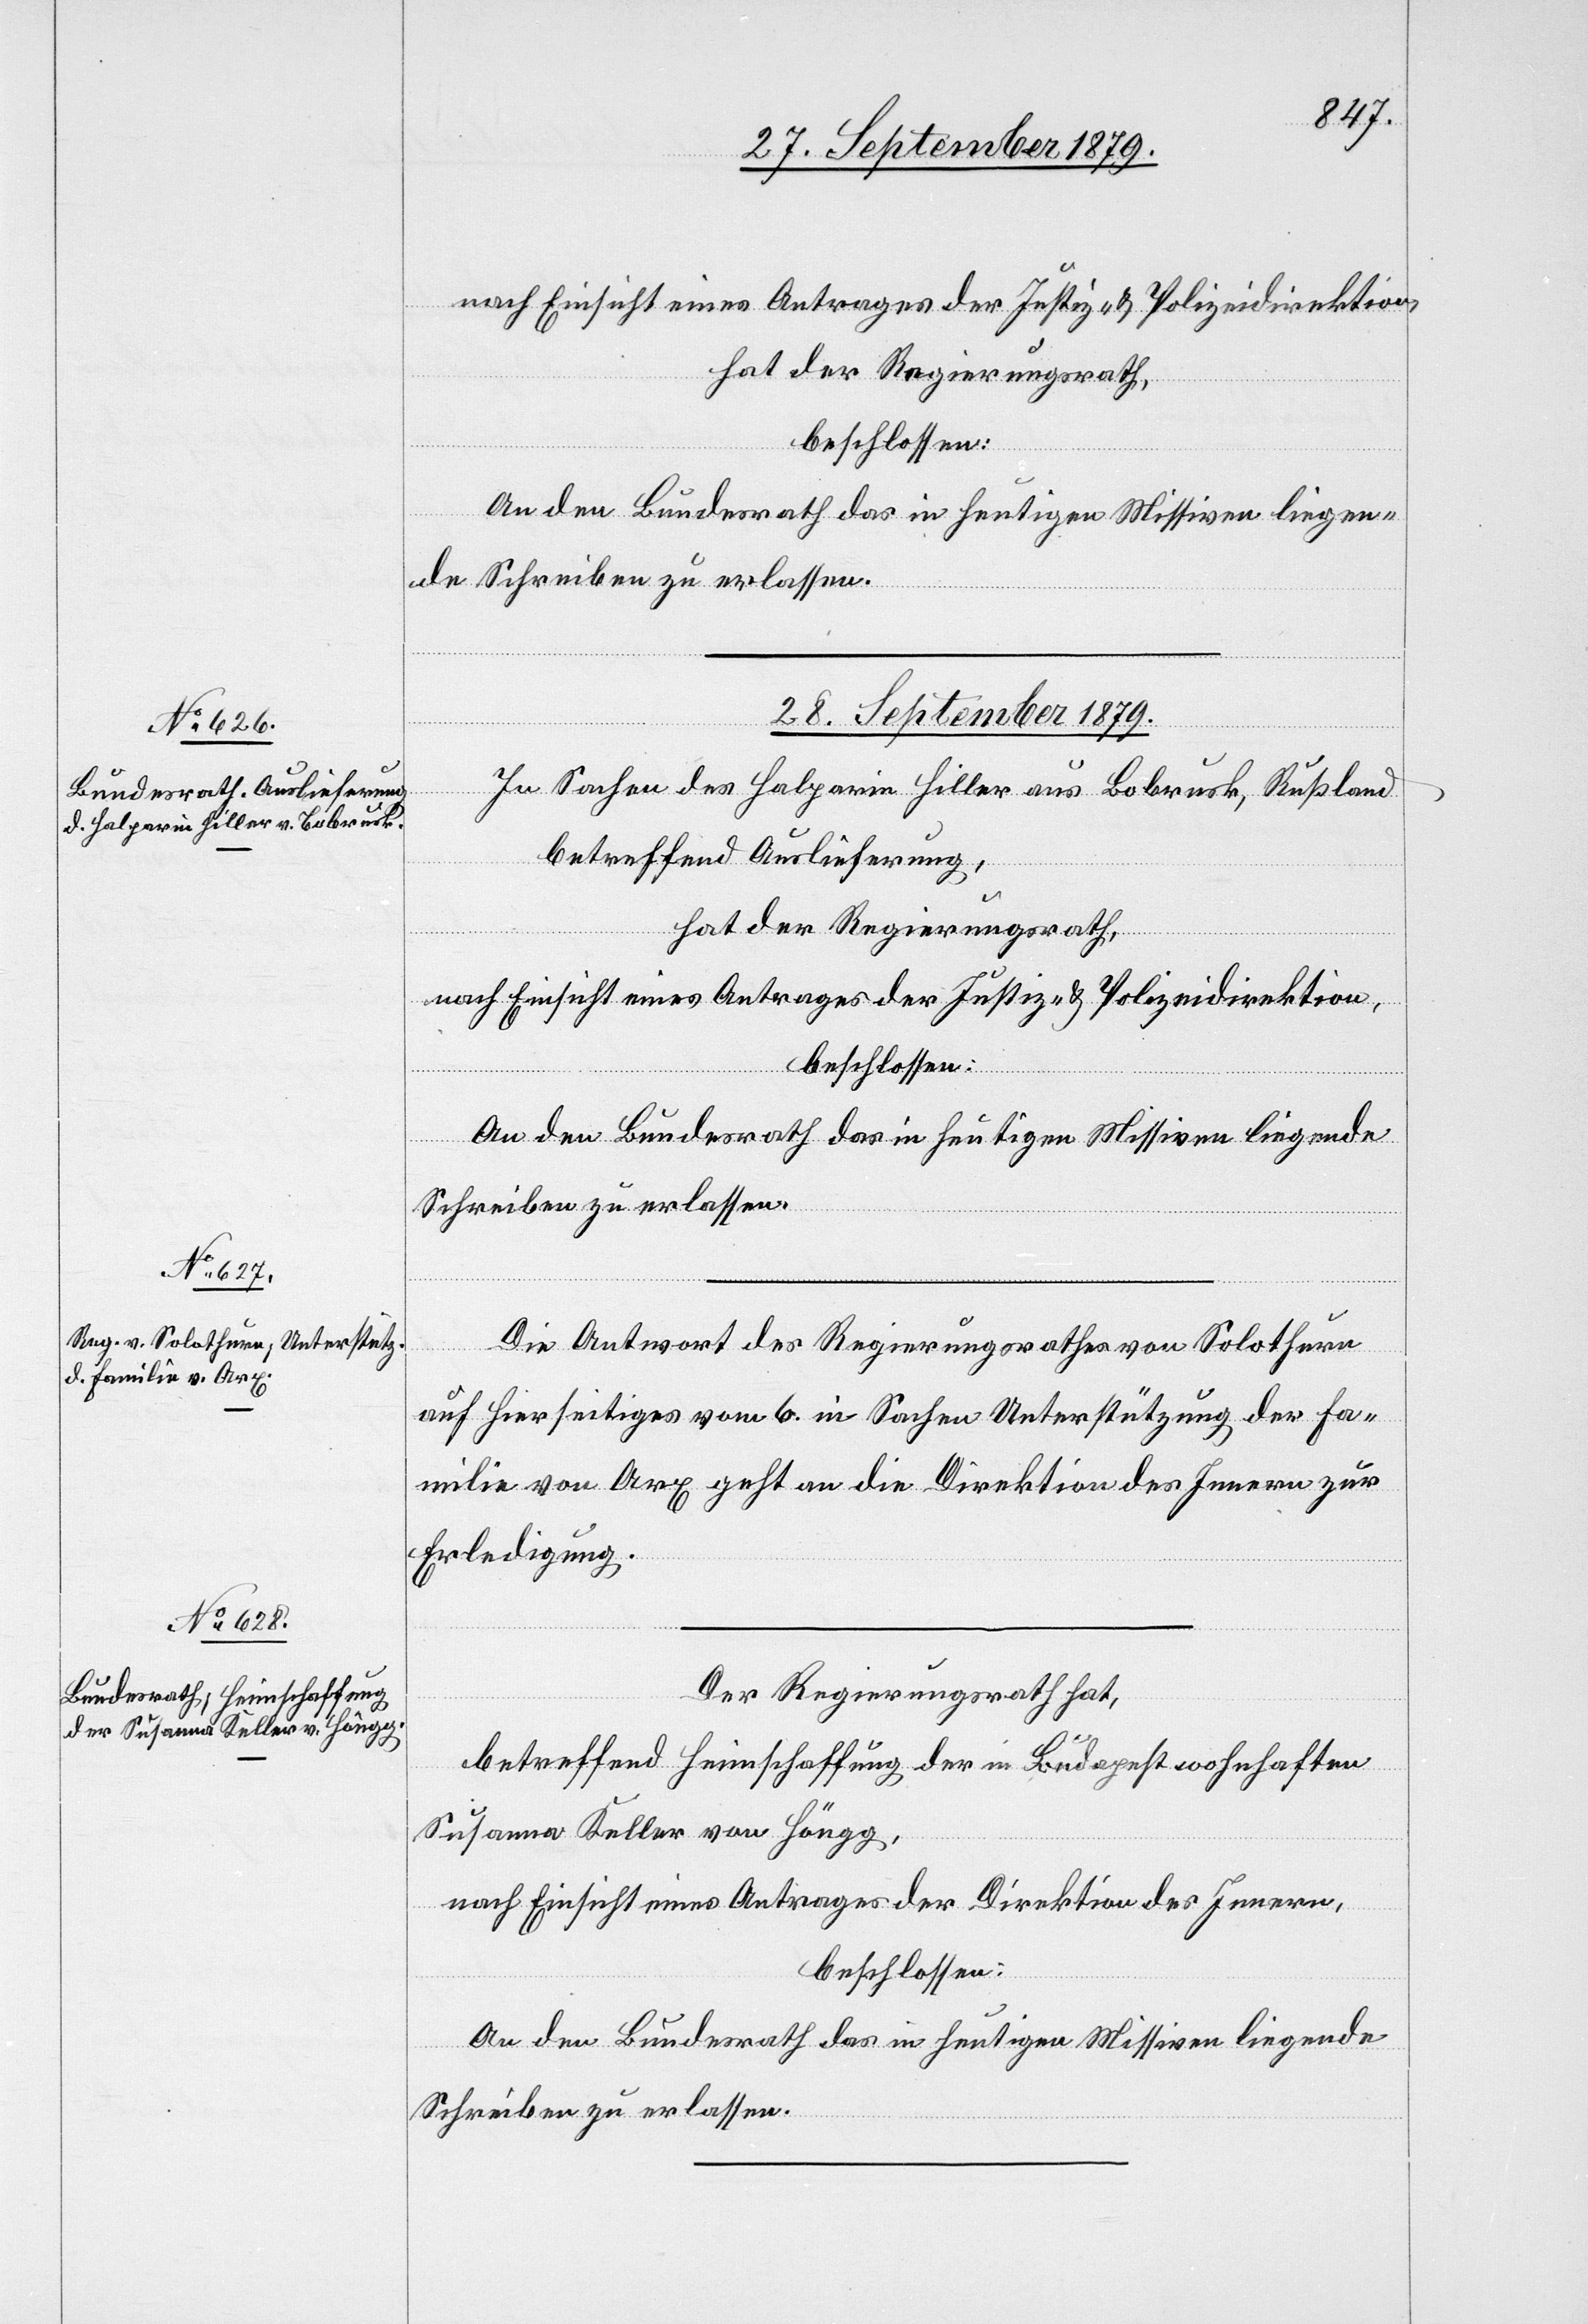
nach Einsicht eines Antrages der Justiz- & Polizeidirektion,
hat der Regierungsrath,
beschlossen:
28. September 1879.]
In Sachen des Halparin Hiller aus Bobrusk, Rußland
betreffend Auslieferung,
hat der Regierungsrath,
nach Einsicht eines Antrages der Justiz- & Polizeidirektion,
beschlossen:
An den Bundesrath das in heutigen Missiven liegende
Schreiben zu erlassen.
Die Antwort des Regierungsrathes von Solothurn
auf Hierseitiges vom 6. in Sachen Unterstützung der Fa¬
milie von Arx geht an die Direktion des Innern zur
Erledigung.
Der Regierungsrath hat,
betreffend Heimschaffung der in Budapest wohnhaften
Susanna Keller von Höngg,
nach Einsicht eines Antrages der Direktion des Innern,
beschlossen:
An den Bundesrath das in heutigen Missiven liegende
Schreiben zu erlassen.